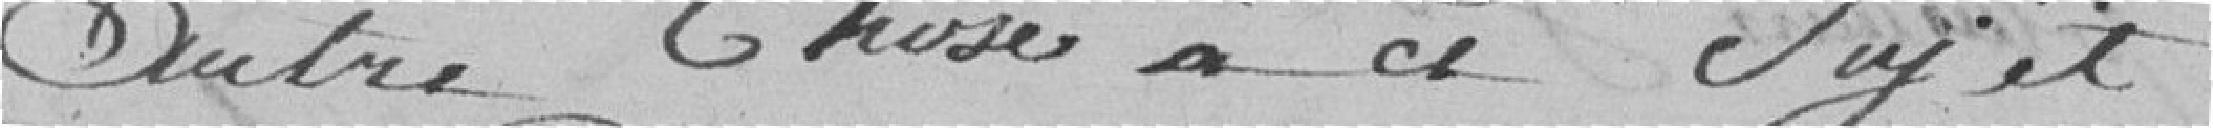
autre chose à ce sujet.